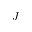
\boldsymbol { J }